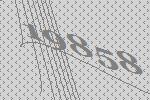
19858